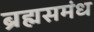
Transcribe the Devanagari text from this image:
ब्रह्मसमंध